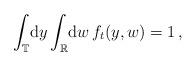
LaTeX: \begin{align*}\int_{\mathbb{T}}\!\mathrm{d} y \int_{\mathbb{R}}\!\mathrm{d} w\, f_t(y,w) = 1\,,\end{align*}